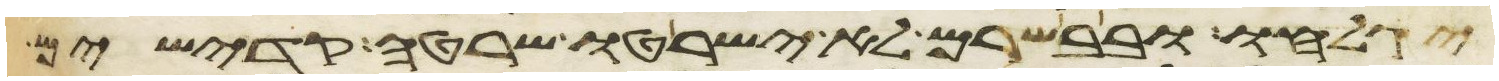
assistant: יגלחו ובבשרם לא ישרטו שרטה קדישים